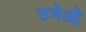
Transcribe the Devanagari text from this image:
उमेओ